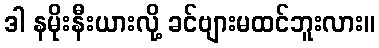
ဒါ နမိုးနီးယားလို့ ခင်ဗျားမထင်ဘူးလား။